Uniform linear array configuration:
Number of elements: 32
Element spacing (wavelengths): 0.5
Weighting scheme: cosine
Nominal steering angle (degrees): -15
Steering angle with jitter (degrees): -16.437
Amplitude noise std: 0.05
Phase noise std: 0.05

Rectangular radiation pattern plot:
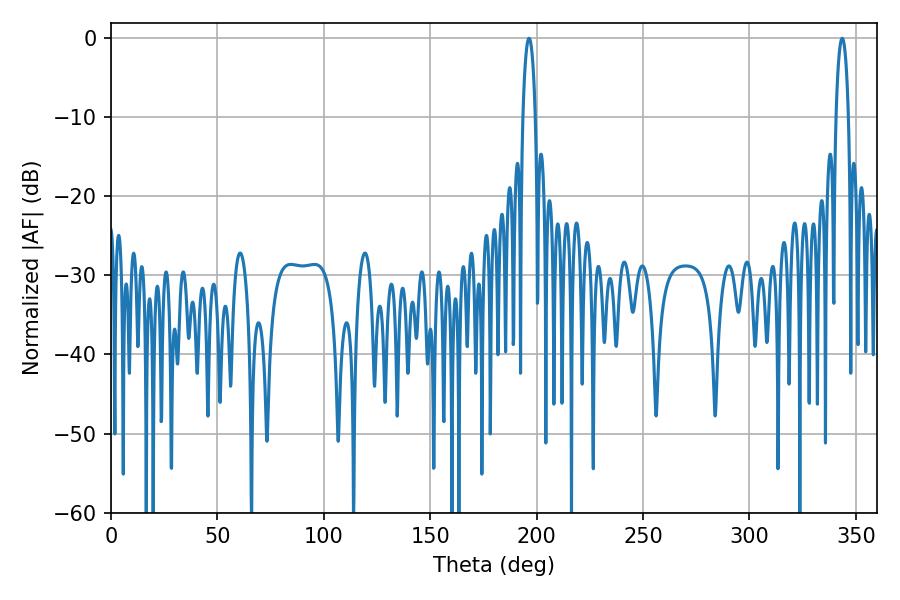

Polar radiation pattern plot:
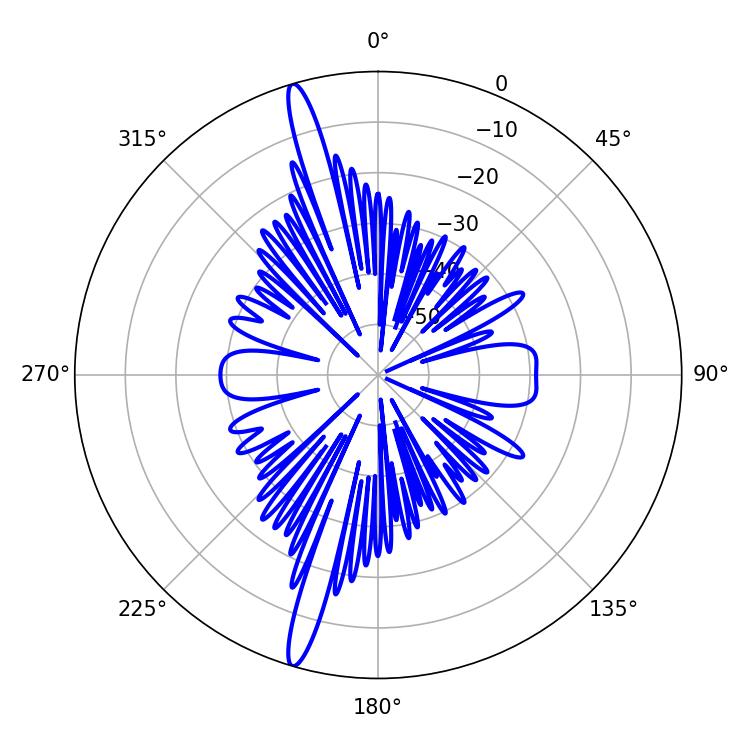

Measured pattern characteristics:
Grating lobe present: FALSE
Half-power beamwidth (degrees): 3.24
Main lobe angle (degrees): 196.38